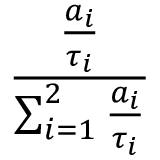
\frac { \frac { a _ { i } } { \tau _ { i } } } { \sum _ { i = 1 } ^ { 2 } \frac { a _ { i } } { \tau _ { i } } }